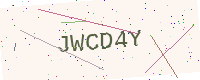
Text: JWCD4Y